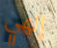
إلهي